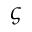
\varsigma